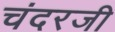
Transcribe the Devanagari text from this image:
चंदरजी